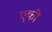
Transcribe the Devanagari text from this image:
एकीं